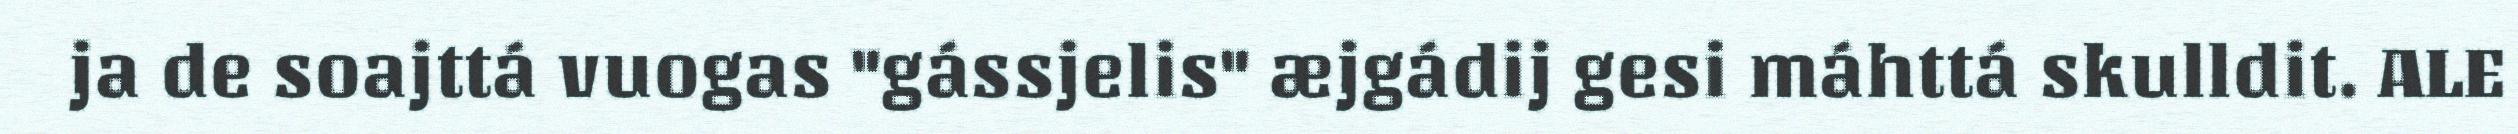
ja de soajttá vuogas "gássjelis" æjgádij gesi máhttá skulldit. ALE